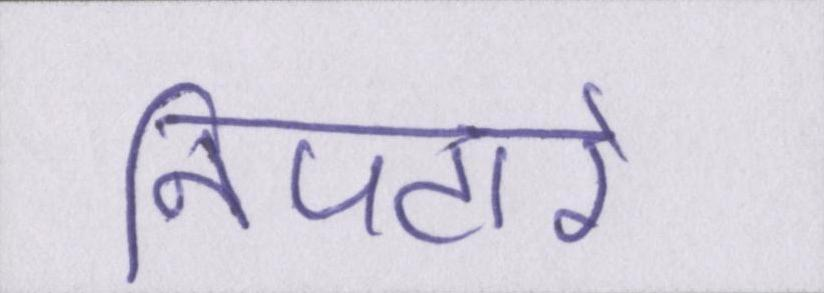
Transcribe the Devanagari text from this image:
निपटारे